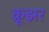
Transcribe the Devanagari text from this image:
क्रूझर